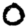
Digit: 0